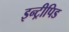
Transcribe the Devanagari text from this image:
इन्ट्रीपिड